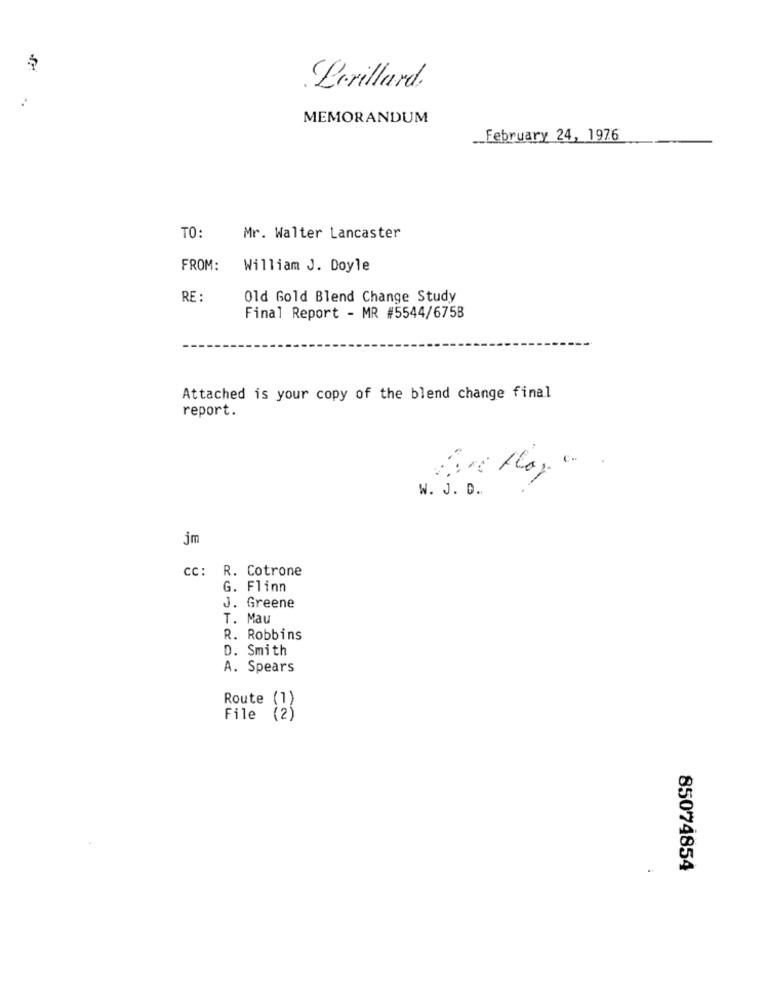
Lorillard.
MEMORANDUM
__ February 24, 1976
TO:
Mr. Walter Lancaster
FROM:
William J. Doyle
RE :
Old Gold Blend Change Study
Final Report - MR #5544/675B
Attached is your copy of the blend change final
report.
W. J. D.
jm
cc: R. Cotrone
G. Flinn
J. Greene
T. Mau
R. Robbins
D. Smith
A. Spears
Route
(1)
File
(2 )
85074854